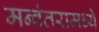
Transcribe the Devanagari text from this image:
मन्वंतरामध्ये